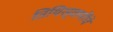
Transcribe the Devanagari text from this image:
तिथिस्वामींचे